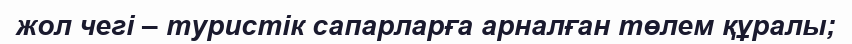
жол чегі – туристік сапарларға арналған төлем құралы;